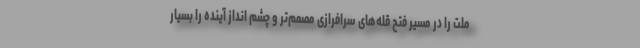
ملت را در مسیر فتح قله‌های سرافرازی مصمم‌تر و چشم انداز آینده را بسیار